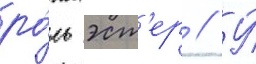
ро́ль эст'ер // У́